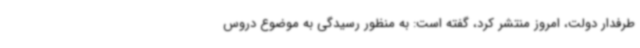
طرفدار دولت، امروز منتشر کرد، گفته است: به منظور رسیدگی به موضوع دروس